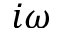
i \omega